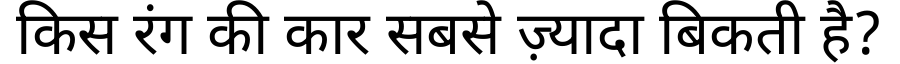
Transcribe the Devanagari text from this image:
किस रंग की कार सबसे ज़्यादा बिकती है?